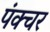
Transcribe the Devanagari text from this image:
पंक्‍चर